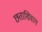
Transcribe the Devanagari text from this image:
छताशिवाय